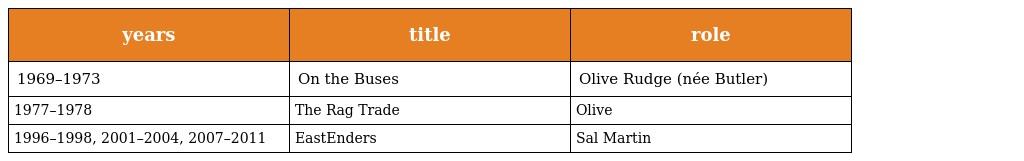
| years | title | role |
 | --- | --- | --- |
 | 1969–1973 | On the Buses | Olive Rudge (née Butler) |
 | 1977–1978 | The Rag Trade | Olive |
 | 1996–1998, 2001–2004, 2007–2011 | EastEnders | Sal Martin |